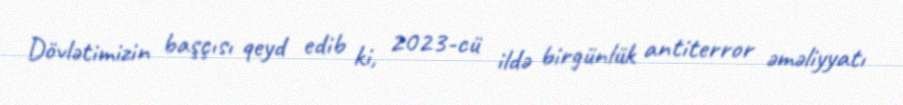
Dövlətimizin başçısı qeyd edib ki, 2023-cü ildə birgünlük antiterror əməliyyatı